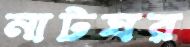
নাটঘর